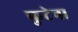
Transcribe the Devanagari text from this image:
फुटेना